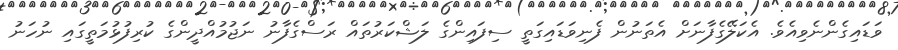
ވަޑައިގެންނެވިއެވެ. އެކަލޭގެފާނަށް އެތަނުން ފެނިވަޑައިގަތީ ސިފައިންގެ ލަޝްކަރުތައް ރަސްގެފާނު ނަޖުމުއްދީންގެ ކުރިފުޅުމަތީގައި ނުހަނު